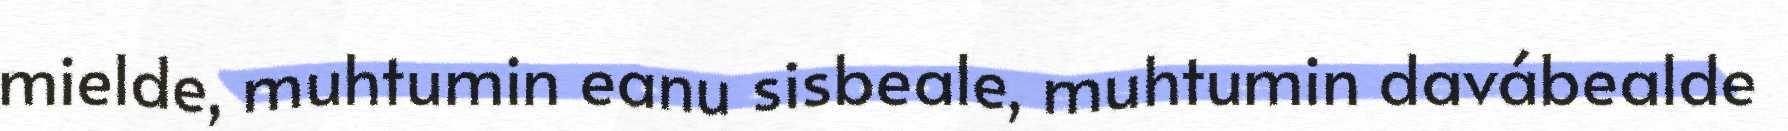
mielde, muhtumin eanu sisbeale, muhtumin davábealde